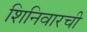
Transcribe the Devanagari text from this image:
शिनिवारची